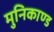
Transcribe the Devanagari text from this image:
मुनिकाण्ड